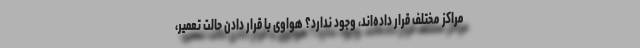
مراکز مختلف قرار داده‌اند، وجود ندارد؟ هواوی با قرار دادن حالت تعمیر،